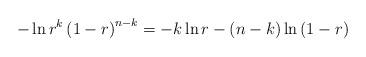
LaTeX: \begin{align*}-\ln r^{k}\left( 1-r\right) ^{n-k}=-k\ln r-\left( n-k\right) \ln\left(1-r\right) \end{align*}